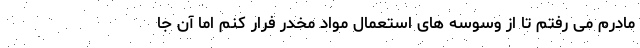
مادرم می رفتم تا از وسوسه های استعمال مواد مخدر فرار کنم اما آن جا